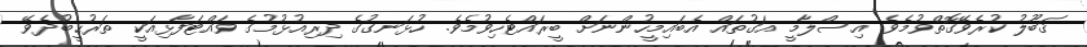
ޤަބޫލު ކުރެވޭގޮތްވުމެވެ. އިސްލާމީ އަގުތައް އެބައިމީހުންނަށް ބީރައްޓެހިވުމެވެ. ހުޅަނގުގެ ދިރިއުޅުމުގެ ވައްޓަފާޅިއަކީ ތަރުޙީބުދެވޭ